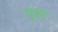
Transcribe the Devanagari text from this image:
भुरटे